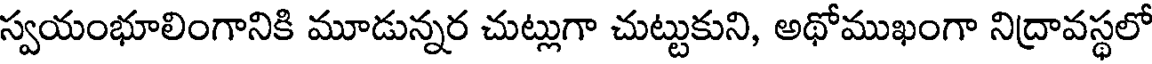
స్వయంభూలింగానికి మూడున్నర చుట్లుగా చుట్టుకుని, అథోముఖంగా నిద్రావస్థలో